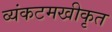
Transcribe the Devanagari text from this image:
व्यंकटमखीकृत